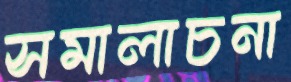
সমালাচনা